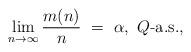
LaTeX: \begin{align*} \lim_{n\to\infty} \frac{m(n)}{n} \ = \ \alpha,~Q\mbox{-a.s.}, \end{align*}